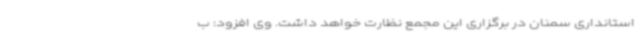
استانداری سمنان در برگزاری این مجمع نظارت خواهد داشت. وی افزود: ب